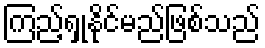
ကြည့်ရှုနိုင်မည်ဖြစ်သည်